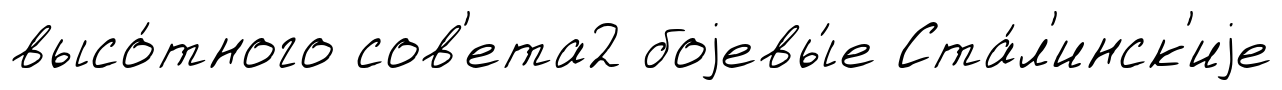
высо́тного сов'ета2 боjевы́е Ста́л'инск'иjе